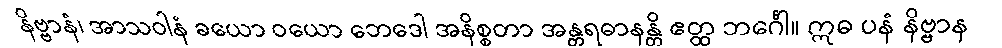
နိဗ္ဗာနံ၊ အာသဝါနံ ခယော ဝယော ဘေဒေါ အနိစ္စတာ အန္တရဓာနန္တိ ဧတ္ထ ဘင်္ဂေါ။ ဣဓ ပနံ နိဗ္ဗာန